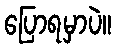
ပြောရမှာပဲ။